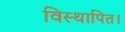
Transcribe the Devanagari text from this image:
विस्थापित।